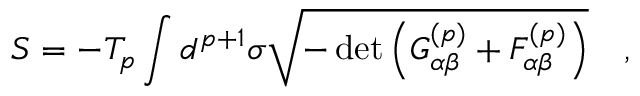
S = - T _ { p } \int d ^ { p + 1 } \sigma \sqrt { - \operatorname * { d e t } \left( G _ { \alpha \beta } ^ { ( p ) } + { \cal { F } } _ { \alpha \beta } ^ { ( p ) } \right) } \quad ,